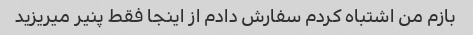
بازم من اشتباه کردم سفارش دادم از اینجا فقط پنیر میریزید